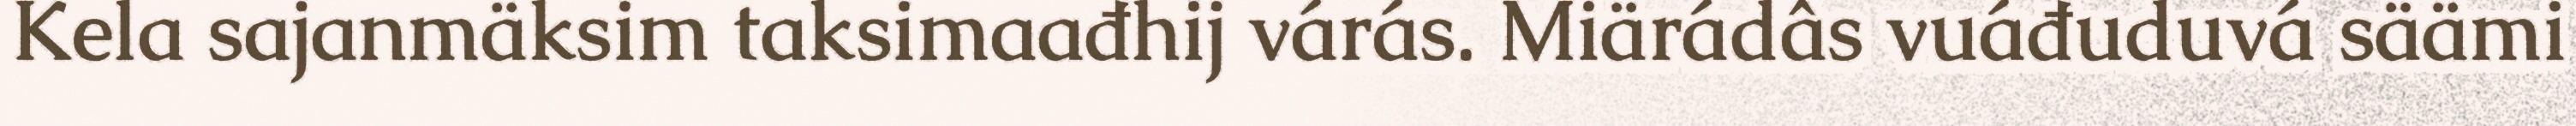
Kela sajanmäksim taksimaađhij várás. Miärádâs vuáđuduvá säämi